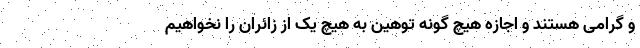
و گرامی هستند و اجازه هیچ گونه توهین به هیچ یک از زائران را نخواهیم